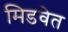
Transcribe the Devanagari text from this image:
मिडवेत